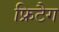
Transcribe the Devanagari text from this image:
फ्रिटैग